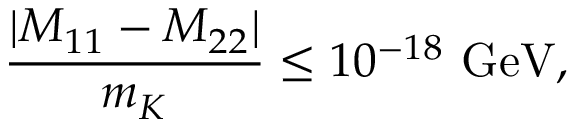
{ \frac { | M _ { 1 1 } - M _ { 2 2 } | } { m _ { K } } } \leq 1 0 ^ { - 1 8 } \ \mathrm { G e V } ,